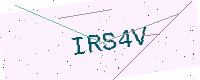
Text: IRS4V